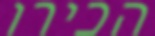
הכירו